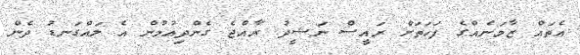
އެތައް ޒާމަނެއްގެ ފަހަތަށް ރައީސް ނަޝީދު ރާއްޖެ ގެންދިއުމުން އެ ލައްގަނޑު ދެން